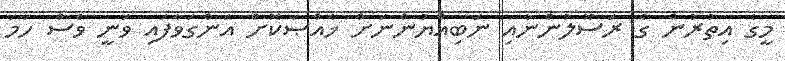
މީގެ އިތުރުން ގެ ރަސޫލުންނާއި ނަބިއްޔުންނަށް ޚާއްޞަކޮށް އަންގަވާފައި ވަނީ ވެސް ހަމަ